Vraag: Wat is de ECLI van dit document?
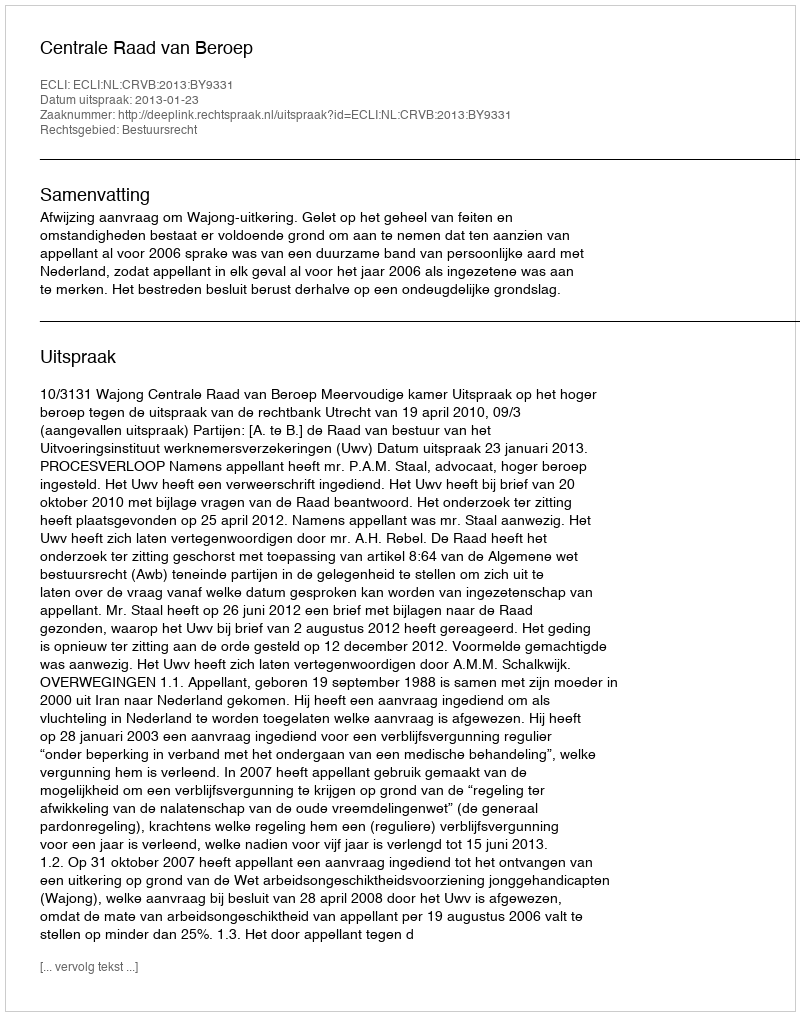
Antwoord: ECLI:NL:CRVB:2013:BY9331